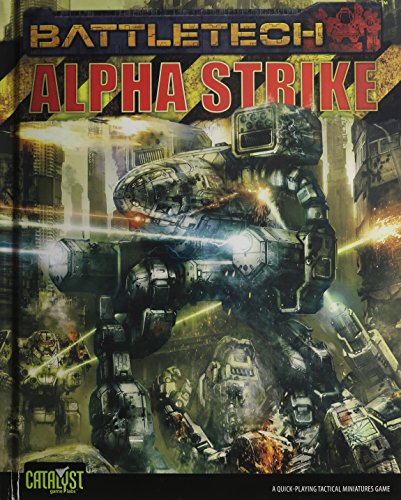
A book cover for Battletech: Alpha Strike; Science Fiction & Fantasy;